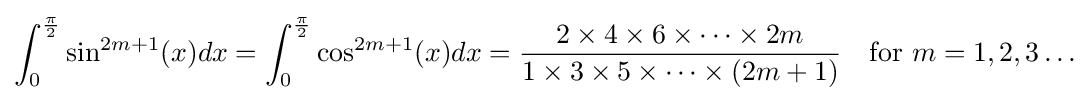
\int _{0}^{\frac {\pi }{2}}\sin ^{2m+1}(x)dx=\int _{0}^{\frac {\pi }{2}}\cos ^{2m+1}(x)dx={\frac {2\times 4\times 6\times \cdots \times 2m}{1\times 3\times 5\times \cdots \times (2m+1)}}\quad {\text{for }}m=1,2,3\ldots